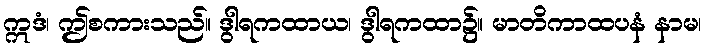
ဣဒံ၊ ဤစကားသည်။ ဒွါရကထာယ၊ ဒွါရကထာ၌။ မာတိကာထပနံ နာမ၊